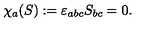
\chi _ { a } ( S ) : = \varepsilon _ { a b c } S _ { b c } = 0 .